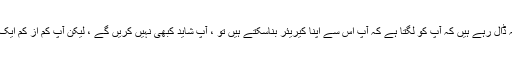
اگر آپ دوسرے لوگوں کی گفتگو پر اس قدر توجہ ڈال رہے ہیں کہ آپ کو لگتا ہے کہ آپ اس سے اپنا کیریئر بناسکتے ہیں تو ، آپ شاید کبھی نہیں کریں گے ، لیکن آپ کم از کم ایک سننے والے افسر کے کردار کو آزما سکتے ہیں۔